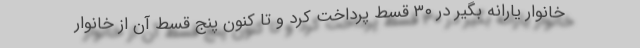
خانوار یارانه بگیر در ۳۰ قسط پرداخت کرد و تا کنون پنج قسط آن از خانوار